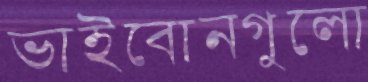
ভাইবোনগুলো